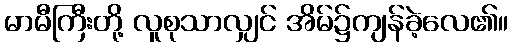
မာမီကြီးတို့ လူစုသာလျှင် အိမ်၌ကျန်ခဲ့လေ၏။